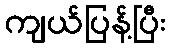
ကျယ်ပြန့်ပြီး